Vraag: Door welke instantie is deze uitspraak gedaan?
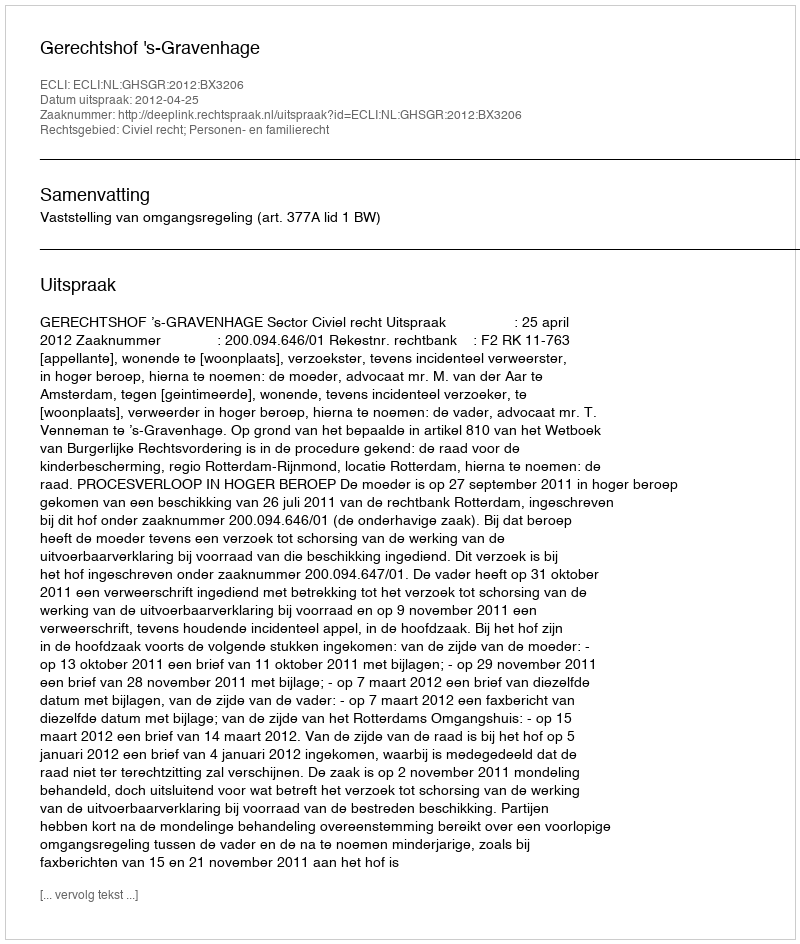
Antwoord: Gerechtshof 's-Gravenhage